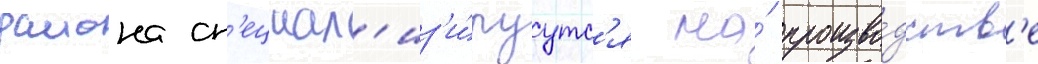
раиона сп'ециал'из'и́руутс'я на́ произво́дств'е